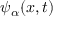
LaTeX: \psi _ { \alpha } ( x , t )